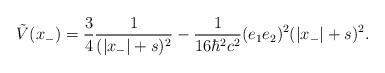
LaTeX: \begin{align*}\tilde{V}(x_{-}) = \frac{3}{4} \frac{1}{(|x_{-}|+s)^2}- \frac{1}{16{\hbar}^2c^2} (e_1e_2)^2 (|x_{-}|+s)^2.\end{align*}